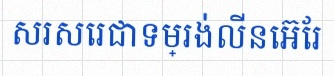
សរសេរជាទម្រង់លីនេអ៊ែរ